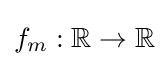
f_{m}:\mathbb {R} \to \mathbb {R}